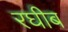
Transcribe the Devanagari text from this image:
रघीब